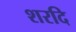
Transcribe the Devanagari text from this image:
शरदि